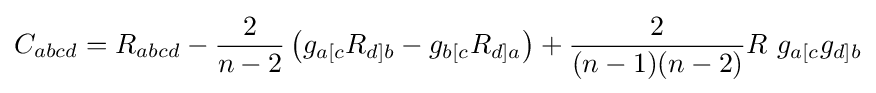
C_{abcd}=R_{abcd}-{\frac {2}{n-2}}\left(g_{a[c}R_{d]b}-g_{b[c}R_{d]a}\right)+{\frac {2}{(n-1)(n-2)}}R~g_{a[c}g_{d]b}